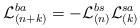
LaTeX: \begin{align*}{\cal L}_{(n+k)}^{ba}=-{\cal L}_{(n)}^{bs}{\cal L}_{(k)}^{sa}\end{align*}